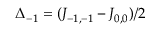
\Delta _ { - 1 } = ( J _ { - 1 , - 1 } - J _ { 0 , 0 } ) / 2